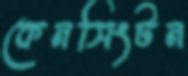
কেনসিংটন